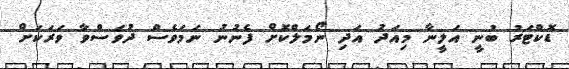
ޑޮކްޓަރު ބުނީ އަލީނާ މިއަދު އަދި ނޯމަލްކޮށް ފެނުނު ނަމަވެސް ދުވަސްވާ ވަރަކަށް